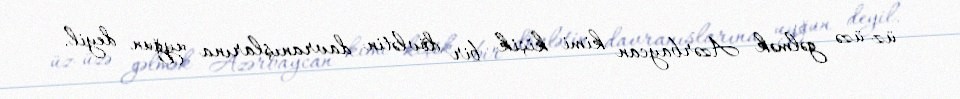
üz-üzə gəlmək Azərbaycan kimi kiçik bir dövlətin davranışlarına uyğun deyil.